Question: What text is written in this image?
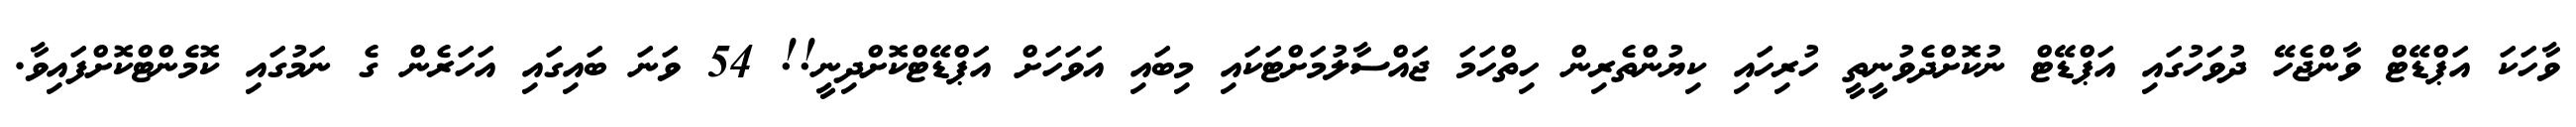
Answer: ވާހަކަ އަޕްޑޭޓް ވާންޖެހޭ ދުވަހުގައި އަޕްޑޭޓް ނުކޮށްދެވުނީތީ ހުރިހައި ކިޔުންތެރިން ހިތްހަމަ ޖައްސާލުމަށްޓަކައި މިބައި އަވަހަށް އަޕްޑޭޓްކޮށްދިނީ!! 54 ވަނަ ބައިގައި އަހަރެން ގެ ނަމުގައި ކޮމެންޓްކޮށްފައިވާ.